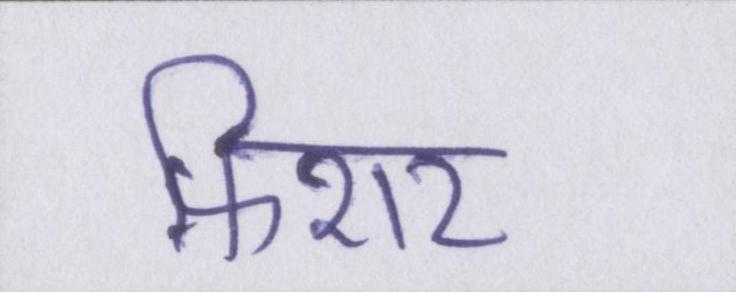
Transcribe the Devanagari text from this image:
फ़िशर